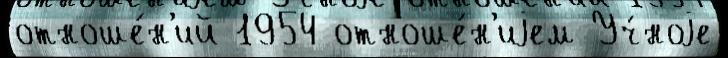
отноше́н'ий 1954 отноше́н'иjем Уч́ноjе